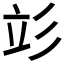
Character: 𰐧